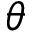
\theta